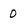
Character: 0